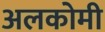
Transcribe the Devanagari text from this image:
अलकोमी